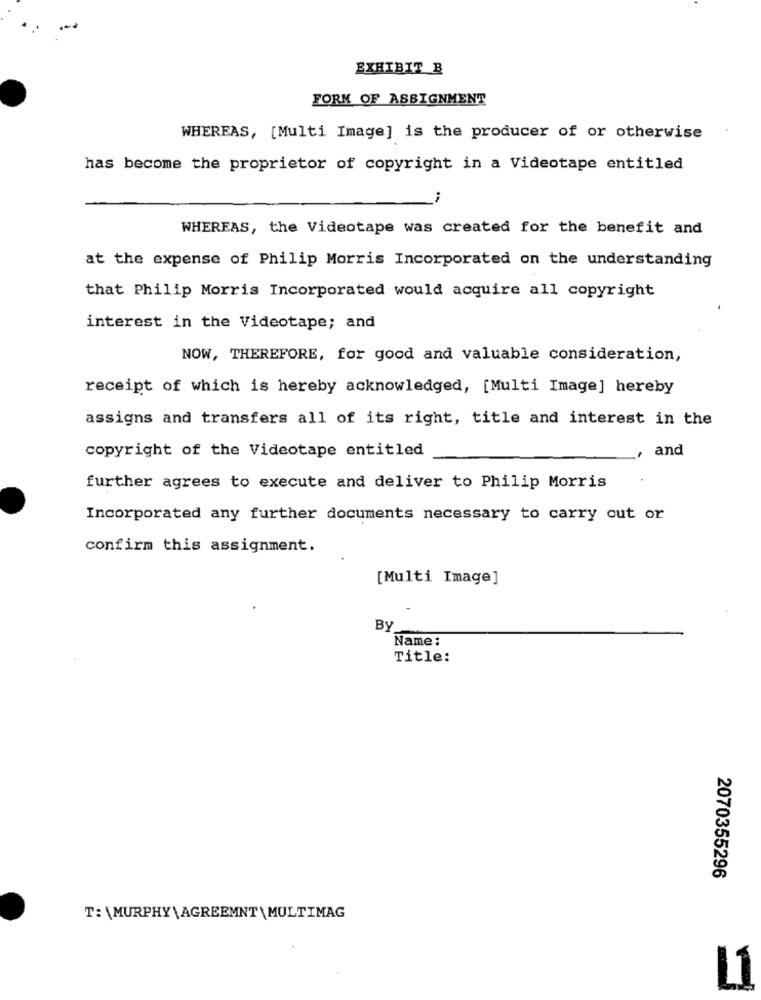
EXHIBIT B
FORM OF ASSIGNMENT
WHEREAS, [Multi Image] is the producer of or otherwise
has become the proprietor of copyright in a Videotape entitled
WHEREAS, the Videotape was created for the benefit and
at the expense of Philip Morris Incorporated on the understanding
that Philip Morris Incorporated would acquire all copyright
interest in the Videotape; and
NOW, THEREFORE, for good and valuable consideration,
receipt of which is hereby acknowledged, [Multi Image] hereby
assigns and transfers all of its right, title and interest in the
copyright of the Videotape entitled
and
further agrees to execute and deliver to Philip Morris
Incorporated any further documents necessary to carry out or
confirm this assignment.
[Multi Image]
By
Name:
Title:
2070355296
T: \MURPHY \ AGREEMNT \ MULTIMAG
L1